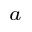
^ a